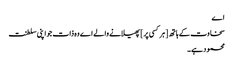
اے
سخاوت کے ہاتھ [ ہر کسی پر ] پھیلانے والے اے وہ ذات جو اپنی سلطنت
محمود ہے ۔